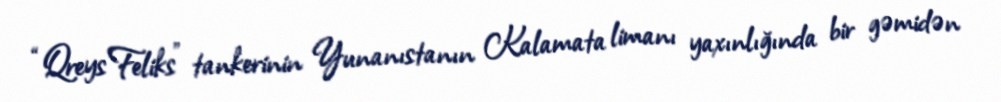
“Qreys Feliks” tankerinin Yunanıstanın Kalamata limanı yaxınlığında bir gəmidən